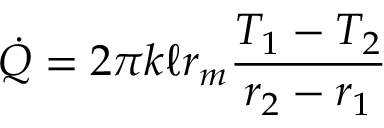
{ \dot { Q } } = 2 \pi k \ell r _ { m } { \frac { T _ { 1 } - T _ { 2 } } { r _ { 2 } - r _ { 1 } } }